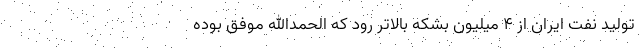
تولید نفت ایران از ۴ میلیون بشکه بالاتر رود که الحمدالله موفق بوده